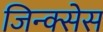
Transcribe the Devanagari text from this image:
जिन्क्सेस